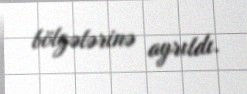
bölgələrinə ayrıldı.